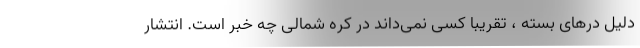
دلیل درهای بسته ، تقریبا کسی نمی‌داند در کره شمالی چه خبر است. انتشار